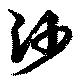
沙